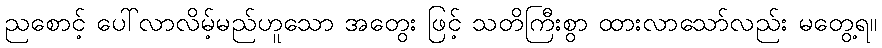
ညစောင့် ပေါ်လာလိမ့်မည်ဟူသော အတွေး ဖြင့် သတိကြီးစွာ ထားလာသော်လည်း မတွေ့ရ။